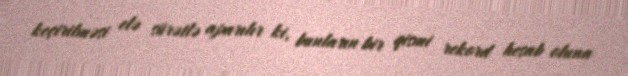
keçirilməsi elə sürətlə aparılır ki, bunların bir qismi rekord hesab oluna